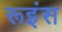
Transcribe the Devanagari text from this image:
रूइंस